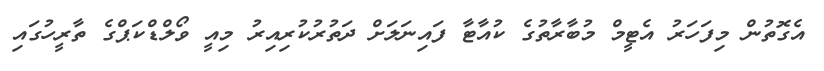
އެގޮތުން މިފަހަރު އެޓީމް މުބާރާތުގެ ކުއާޓާ ފައިނަލަށް ދަތުރުކުރިއިރު މިއީ ވޯލްޑްކަޕްގެ ތާރީހުގައި